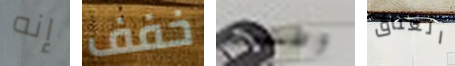
إنه خفف وطننا العناق